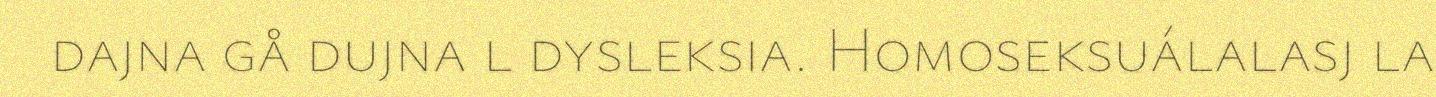
dajna gå dujna l dysleksia. Homoseksuálalasj la